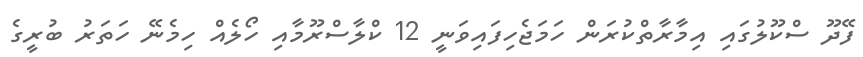
ފޭދޫ ސްކޫލުގައި އިމާރާތްކުރަން ހަމަޖެހިފައިވަނީ 12 ކްލާސްރޫމާއި ހޯލެއް ހިމެނޭ ހަތަރު ބުރީގެ